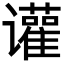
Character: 𬤰